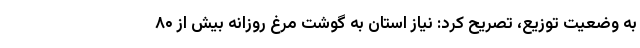
به وضعیت توزیع، تصریح کرد: نیاز استان به گوشت مرغ روزانه بیش از ۸۰